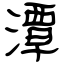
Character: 潭